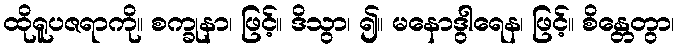
ထိုရူပဇရာကို။ စက္ခုနာ၊ ဖြင့်။ ဒိသွာ၊ ၍။ မနောဒွါရေန၊ ဖြင့်။ စိန္တေတွာ၊